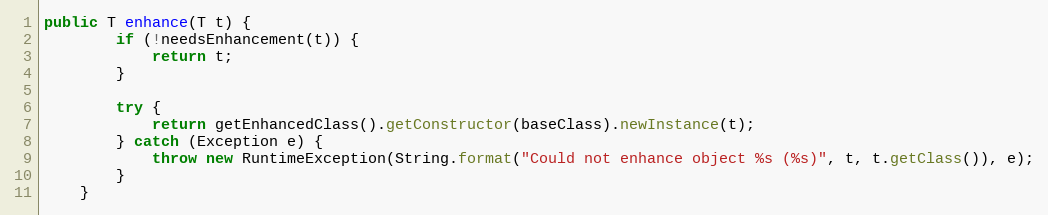
Language: Java
public T enhance(T t) {
        if (!needsEnhancement(t)) {
            return t;
        }

        try {
            return getEnhancedClass().getConstructor(baseClass).newInstance(t);
        } catch (Exception e) {
            throw new RuntimeException(String.format("Could not enhance object %s (%s)", t, t.getClass()), e);
        }
    }